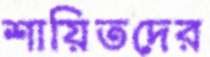
শায়িতদের